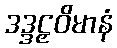
ဒဒ္ဒဠှဝိမာနံ